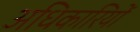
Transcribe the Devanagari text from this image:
अधिकारियोंं